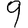
Digit: 9